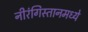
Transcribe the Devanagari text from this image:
नीरंगिस्तानमध्ये